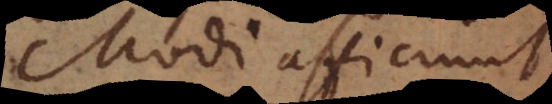
Modi afficiunt